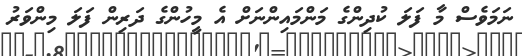
ނަމަވެސް މާ ފަލަ ކުދިންގެ މަންމައިންނަށް އެ މީހުންގެ ދަރިން ފަލަ މިންވަރު